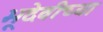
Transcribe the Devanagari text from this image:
भूदेवीच्या